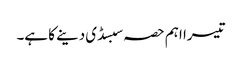
تیسرا اہم حصہ سبسڈی دینے کا ہے۔